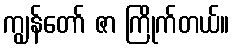
ကျွန်တော် ဇာ ကြိုက်တယ်။